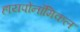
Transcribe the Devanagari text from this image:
हायपोनॉमिकल